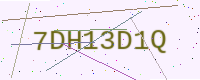
Text: 7DH13D1Q